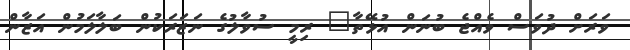
ވަރަށް ދުވަސް ވެއްޖެ ބުނަން އުޅޭތާ" ރިމީ ސުވާލުގެ ނަޒަރަކުން ބަލާލަމުން އަޒާން